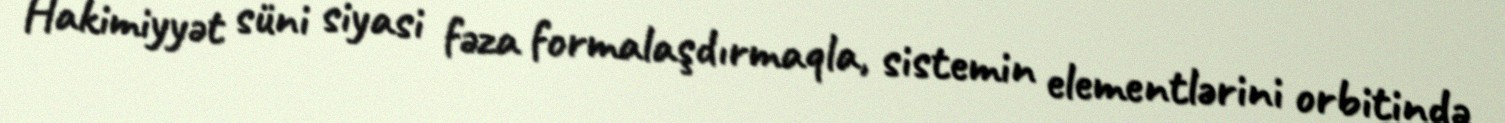
Hakimiyyət süni siyasi fəza formalaşdırmaqla, sistemin elementlərini orbitində